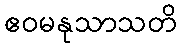
ဧဝမနုသာသတိ